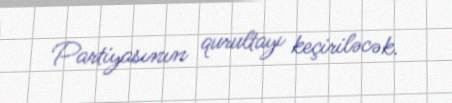
Partiyasının qurultayı keçiriləcək.